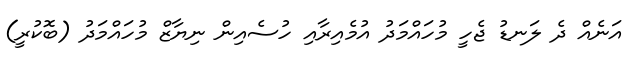
އަނެއް ދެ ލަނޑު ޖެހީ މުހައްމަދު އުމެއިރާއި ހުސެއިން ނިޔާޒް މުހައްމަދު (ބޮކުރީ)